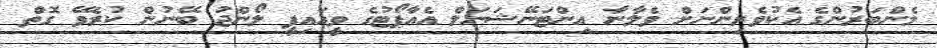
މެންބަރުންގެ އެކުވެރިންނަށް ވެލާނާ އިންޓަނޭޝަނަލް އެއާޕޯޓުގެ ވީއައިޕީ ލޯންޖު ބޭނުން ކުރެވޭ ގޮތް